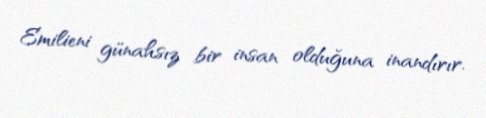
Emilieni günahsız bir insan olduğuna inandırır.